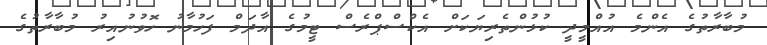
މުބާރާތުގެ އެންމެ އުއްމީދީ ކުޅުންތެރިޔަކަށް އެކްސްޕްރެސް ޓީމުގެ އާދަމް ފަހުމާނު ހޮވުނުއިރު މުބާރާތުގެ